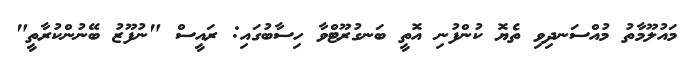
މައުލޫމާތު މުއްސަނދިވި ތެޔޮ ކުންފުނި އޮތީ ބަނގުރޫޓްވާ ހިސާބުގައި: ރައީސް "ނުފޫޒު ބޭނުންކުރާތީ"